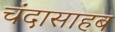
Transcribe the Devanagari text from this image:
चंदासाहब